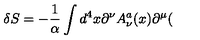
\delta S = - \frac 1 \alpha \int d ^ { 4 } x \partial ^ { \nu } A _ { \nu } ^ { a } ( x ) \partial ^ { \mu } (